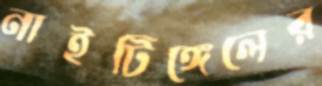
নাইটিঙ্গেলের